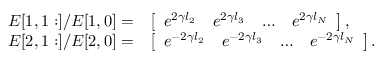
\begin{array} { r l } { \boldsymbol { E } [ 1 , 1 : ] / \boldsymbol { E } [ 1 , 0 ] = } & { \left[ \begin{array} { l l l l } { e ^ { 2 \gamma l _ { 2 } } } & { e ^ { 2 \gamma l _ { 3 } } } & { \ldots } & { e ^ { 2 \gamma l _ { N } } } \end{array} \right] , } \\ { \boldsymbol { E } [ 2 , 1 : ] / \boldsymbol { E } [ 2 , 0 ] = } & { \left[ \begin{array} { l l l l } { e ^ { - 2 \gamma l _ { 2 } } } & { e ^ { - 2 \gamma l _ { 3 } } } & { \ldots } & { e ^ { - 2 \gamma l _ { N } } } \end{array} \right] . } \end{array}